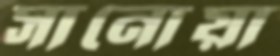
সানোয়া